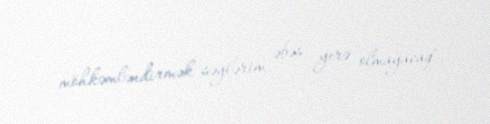
möhkəmləndirmək səylərim əbəs yerə olmayacaq".